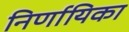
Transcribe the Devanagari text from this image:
निर्णायिका